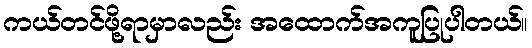
ကယ်တင်ဖို့ရာမှာလည်း အထောက်အကူပြုပါတယ်။